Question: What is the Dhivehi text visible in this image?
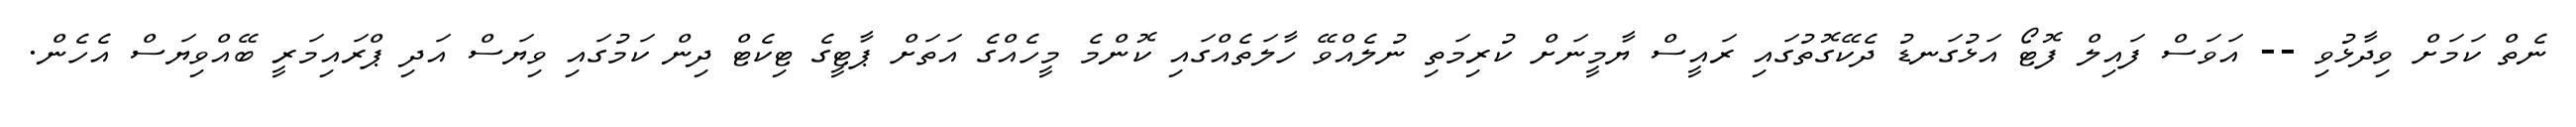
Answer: ނެތް ކަމަށް ވިދާޅުވި -- އަވަސް ފައިލް ފޮޓޯ އަޅުގަނޑު ދެކޭގޮތުގައި ރައީސް ޔާމީނަށް ކުރިމަތި ނުލެއްވޭ ހާލަތެއްގައި ކޮންމެ މީހެއްގެ އަތަށް ޕާޓީގެ ޓިކެޓް ދިން ކަމުގައި ވިޔަސް އަދި ޕްރައިމަރީ ބޭއްވިޔަސް އެހެން.